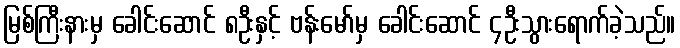
မြစ်ကြီးနားမှ ခေါင်းဆောင် ၈ဦးနှင့် ဗန်းမော်မှ ခေါင်းဆောင် ၄ဦးသွားရောက်ခဲ့သည်။